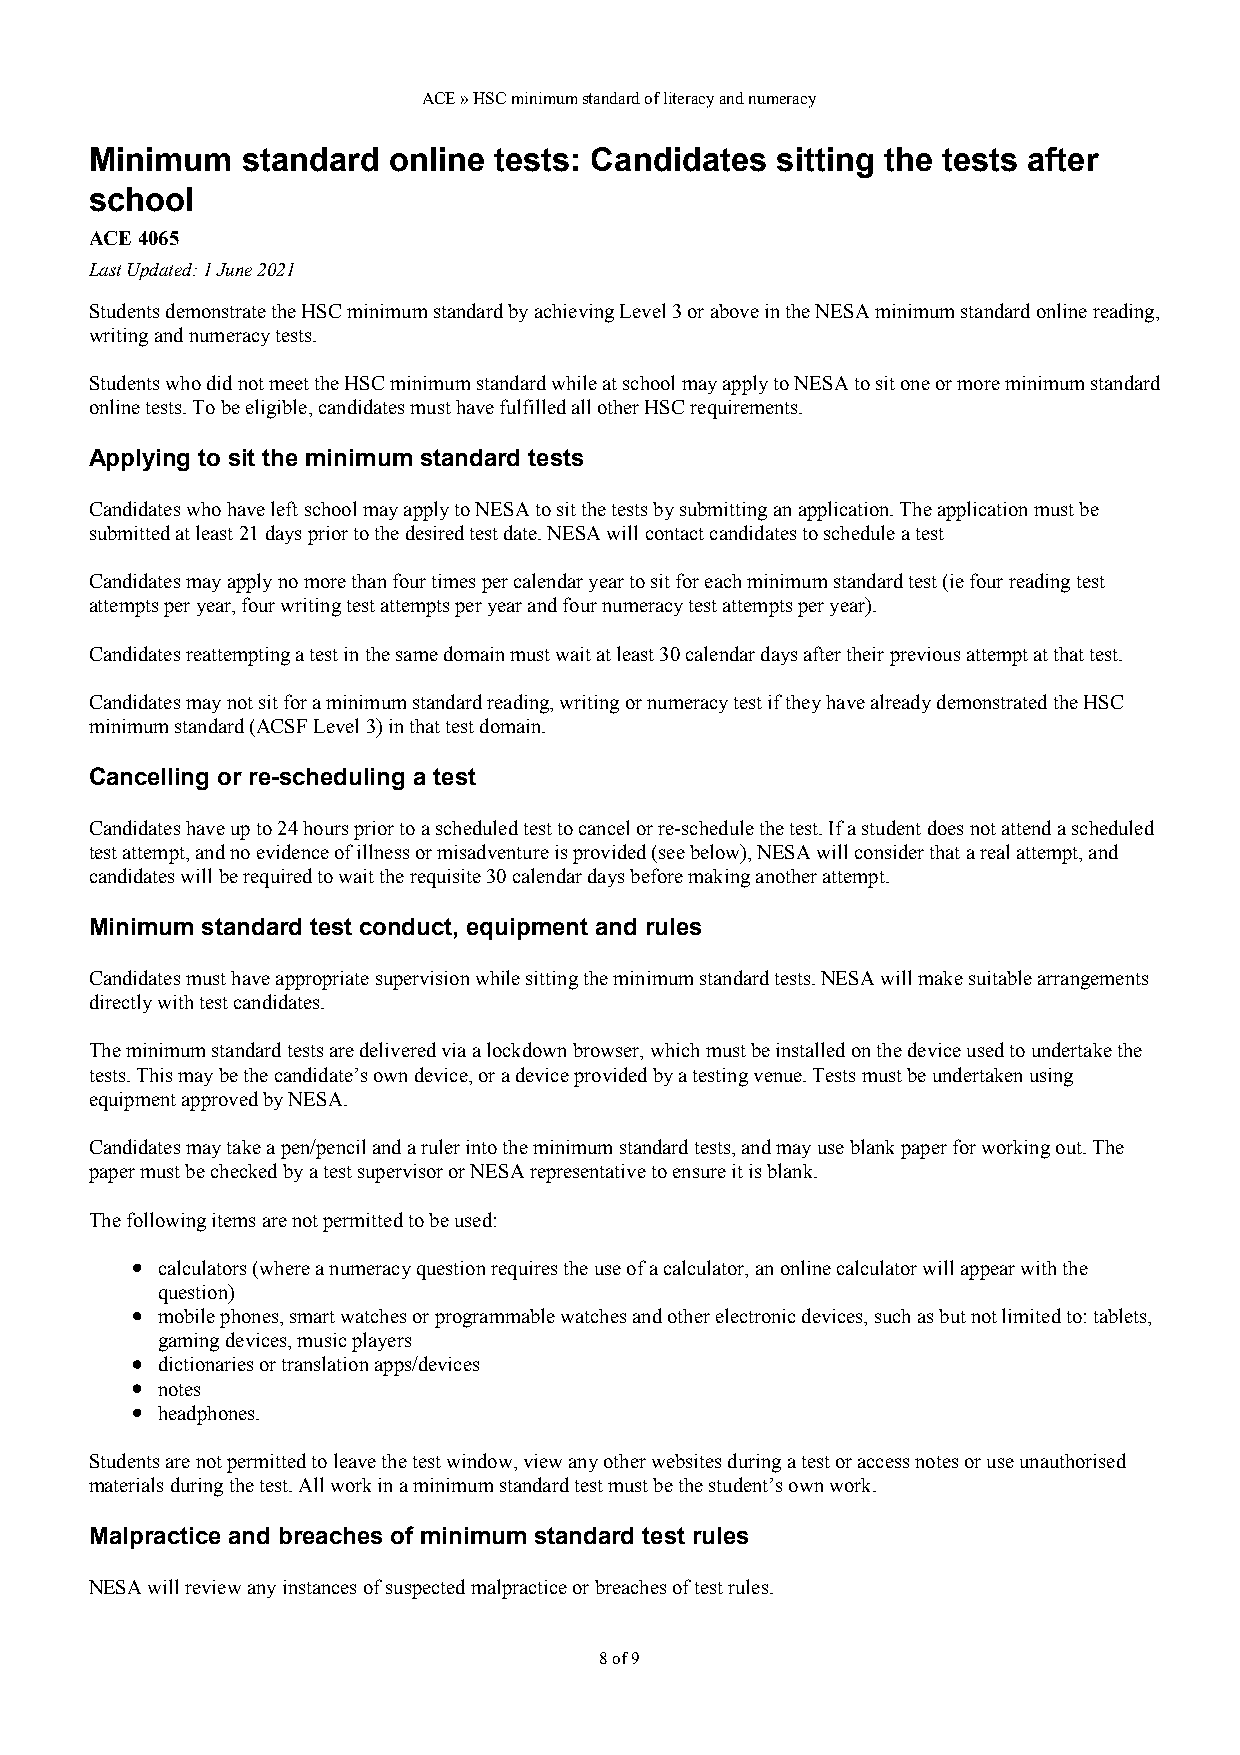
ACE » HSC minimum standard of literacy and numeracy
 Minimum   standard  online tests: Candidates sitting the tests after
 school
 ACE 4065
 Last Updated: 1 June 2021
 Students demonstrate the HSC minimum standard by achieving Level 3 or above in the NESA minimum standard online reading,
 writing and numeracy tests.
 Students who did not meet the HSC minimum standard while at school may apply to NESA to sit one or more minimum standard
 online tests. To be eligible, candidates must have fulfilled all other HSC requirements.
 Applying to sit the minimum standard tests
 Candidates who have left school may apply to NESA to sit the tests by submitting an application. The application must be
 submitted at least 21 days prior to the desired test date. NESA will contact candidates to schedule a test
 Candidates may apply no more than four times per calendar year to sit for each minimum standard test (ie four reading test
 attempts per year, four writing test attempts per year and four numeracy test attempts per year).
 Candidates reattempting a test in the same domain must wait at least 30 calendar days after their previous attempt at that test.
 Candidates may not sit for a minimum standard reading, writing or numeracy test if they have already demonstrated the HSC
 minimum standard (ACSF Level 3) in that test domain.
 Cancelling or re-scheduling a test
 Candidates have up to 24 hours prior to a scheduled test to cancel or re-schedule the test. If a student does not attend a scheduled
 test attempt, and no evidence of illness or misadventure is provided (see below), NESA will consider that a real attempt, and
 candidates will be required to wait the requisite 30 calendar days before making another attempt.
 Minimum standard test conduct, equipment and rules
 Candidates must have appropriate supervision while sitting the minimum standard tests. NESA will make suitable arrangements
 directly with test candidates.
 The minimum standard tests are delivered via a lockdown browser, which must be installed on the device used to undertake the
 tests. This may be the candidate’s own device, or a device provided by a testing venue. Tests must be undertaken using
 equipment approved by NESA.
 Candidates may take a pen/pencil and a ruler into the minimum standard tests, and may use blank paper for working out. The
 paper must be checked by a test supervisor or NESA representative to ensure it is blank.
 The following items are not permitted to be used:
 calculators (where a numeracy question requires the use of a calculator, an online calculator will appear with the
 question)
 mobile phones, smart watches or programmable watches and other electronic devices, such as but not limited to: tablets,
 gaming devices, music players
 dictionaries or translation apps/devices
 notes
 headphones.
 Students are not permitted to leave the test window, view any other websites during a test or access notes or use unauthorised
 materials during the test. All work in a minimum standard test must be the student’s own work.
 Malpractice and breaches of minimum standard test rules
 NESA will review any instances of suspected malpractice or breaches of test rules.
 8 of 9